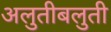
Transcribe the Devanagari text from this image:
अलुतीबलुती